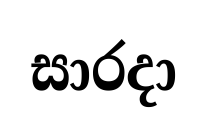
සාරදා